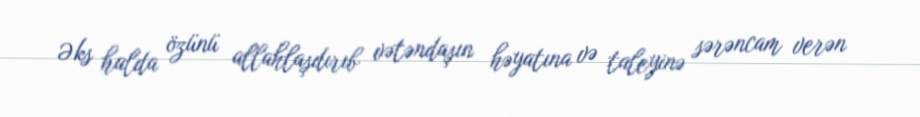
Əks halda özünü allahlaşdırıb vətəndaşın həyatına və taleyinə sərəncam verən